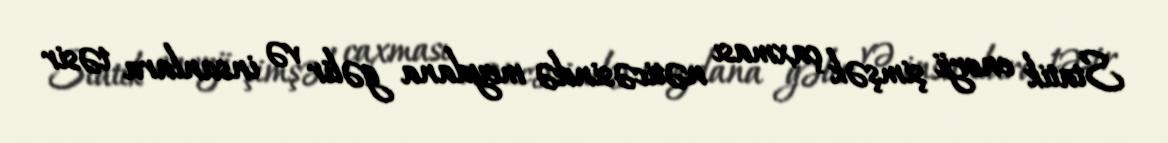
Statik enerji şimşək çaxması nəticəsində meydana gəlir və insanlara təsir